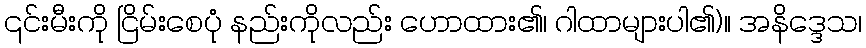
၎င်းမီးကို ငြိမ်းစေပုံ နည်းကိုလည်း ဟောထား၏၊ ဂါထာများပါ၏)။ အနိဒ္ဒေသ၊